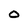
Character: 0